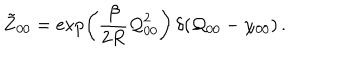
\tilde { Z } _ { 0 0 } = \exp \left( \frac { \beta } { 2 R } { \cal Q } _ { 0 0 } ^ { 2 } \right) \, \delta ( { \cal Q } _ { 0 0 } - \chi _ { 0 0 } ) \, .